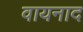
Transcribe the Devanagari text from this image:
वायनाद